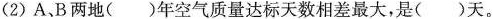
(2)A、B两地()年空气质量达标天数相差最大，是()天。